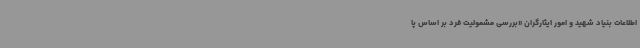
اطلاعات بنیاد شهید و امور ایثارگران «بررسی مشمولیت فرد بر اساس پا